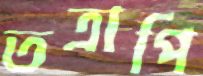
তত্রাপি